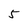
Character: 5